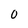
Character: 0